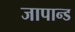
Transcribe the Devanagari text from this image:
जापान्ड